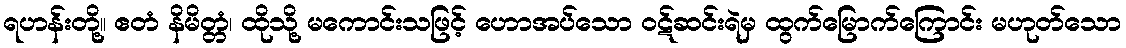
ရဟန်းတို့။ ဧတံ နိမိတ္တံ၊ ထိုသို့ မကောင်းသဖြင့် ဟောအပ်သော ဝဋ်ဆင်းရဲမှ ထွက်မြောက်ကြောင်း မဟုတ်သော